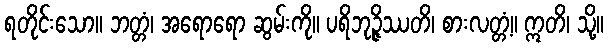
ရတိုင်းသော။ ဘတ္တံ၊ အရောရော ဆွမ်းကို။ ပရိဘုဉ္ဇိဿတိ၊ စားလတ္တံ့။ ဣတိ၊ သို့။